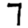
Digit: 7